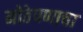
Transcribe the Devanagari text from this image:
मोठेपणाचा